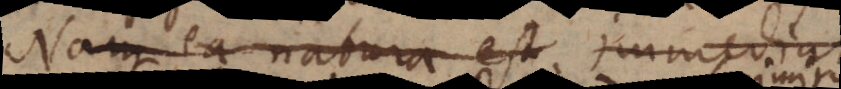
Nam ea natura est Immedia